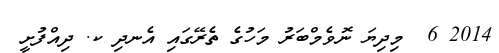
2014 6  މިދިޔަ ނޮވެމްބަރު މަހުގެ ތެރޭގައި އެނދި ކ. ދިއްފުށީ